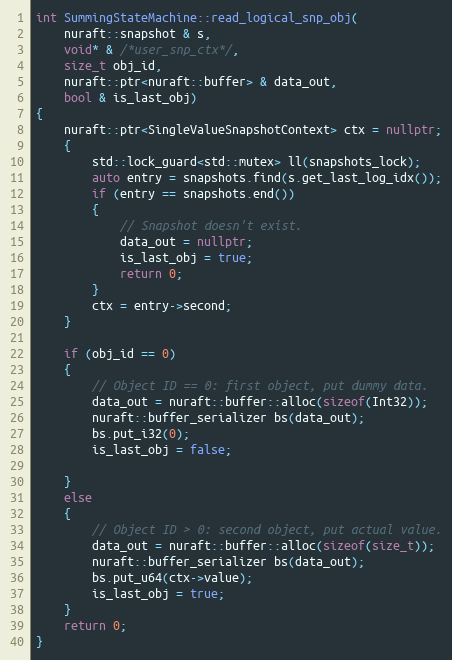
Language: C++
int SummingStateMachine::read_logical_snp_obj(
    nuraft::snapshot & s,
    void* & /*user_snp_ctx*/,
    size_t obj_id,
    nuraft::ptr<nuraft::buffer> & data_out,
    bool & is_last_obj)
{
    nuraft::ptr<SingleValueSnapshotContext> ctx = nullptr;
    {
        std::lock_guard<std::mutex> ll(snapshots_lock);
        auto entry = snapshots.find(s.get_last_log_idx());
        if (entry == snapshots.end())
        {
            // Snapshot doesn't exist.
            data_out = nullptr;
            is_last_obj = true;
            return 0;
        }
        ctx = entry->second;
    }

    if (obj_id == 0)
    {
        // Object ID == 0: first object, put dummy data.
        data_out = nuraft::buffer::alloc(sizeof(Int32));
        nuraft::buffer_serializer bs(data_out);
        bs.put_i32(0);
        is_last_obj = false;

    }
    else
    {
        // Object ID > 0: second object, put actual value.
        data_out = nuraft::buffer::alloc(sizeof(size_t));
        nuraft::buffer_serializer bs(data_out);
        bs.put_u64(ctx->value);
        is_last_obj = true;
    }
    return 0;
}